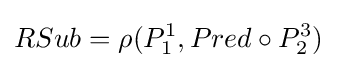
RSub=\rho (P_{1}^{1},Pred\circ P_{2}^{3})